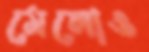
মেলোও